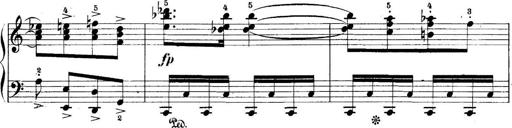
Title: 5 Sonatinas
Composer: Theodor Kirchner